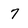
Character: 7